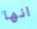
انها